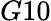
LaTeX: G10